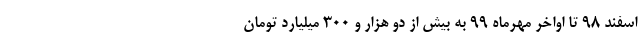
اسفند ۹۸ تا اواخر مهرماه ۹۹ به بیش از دو هزار و ۳۰۰ میلیارد تومان